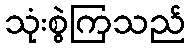
သုံးစွဲကြသည်